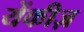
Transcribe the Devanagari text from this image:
येंकीज़